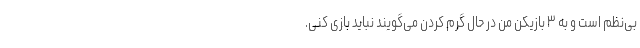
بی‌نظم است و به ۳ بازیکن من در حال گرم کردن می‌گویند نباید بازی کنی.